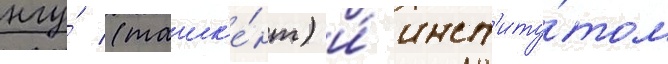
нгу́ (ташк'е́нт) и́ инст'иту́том